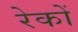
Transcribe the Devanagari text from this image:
रेकों